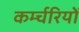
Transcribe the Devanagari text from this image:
कर्म्चरियों